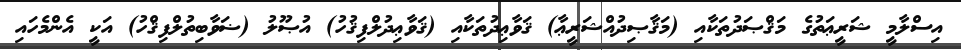
އިސްލާމީ ޝަރީޢަތުގެ މަޤްޞަދުތަކާއި (މަޤާޞިދުއްޝަރީޢާ) ޤަވާޢިދުތަކާއި (ޤަވާޢިދުލްފިޤުހު) އުޞޫލު (ޟަވާބިތުލްފިޤްހު) އަކީ އެންމެހައި